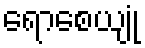
ရောစေယျုံ